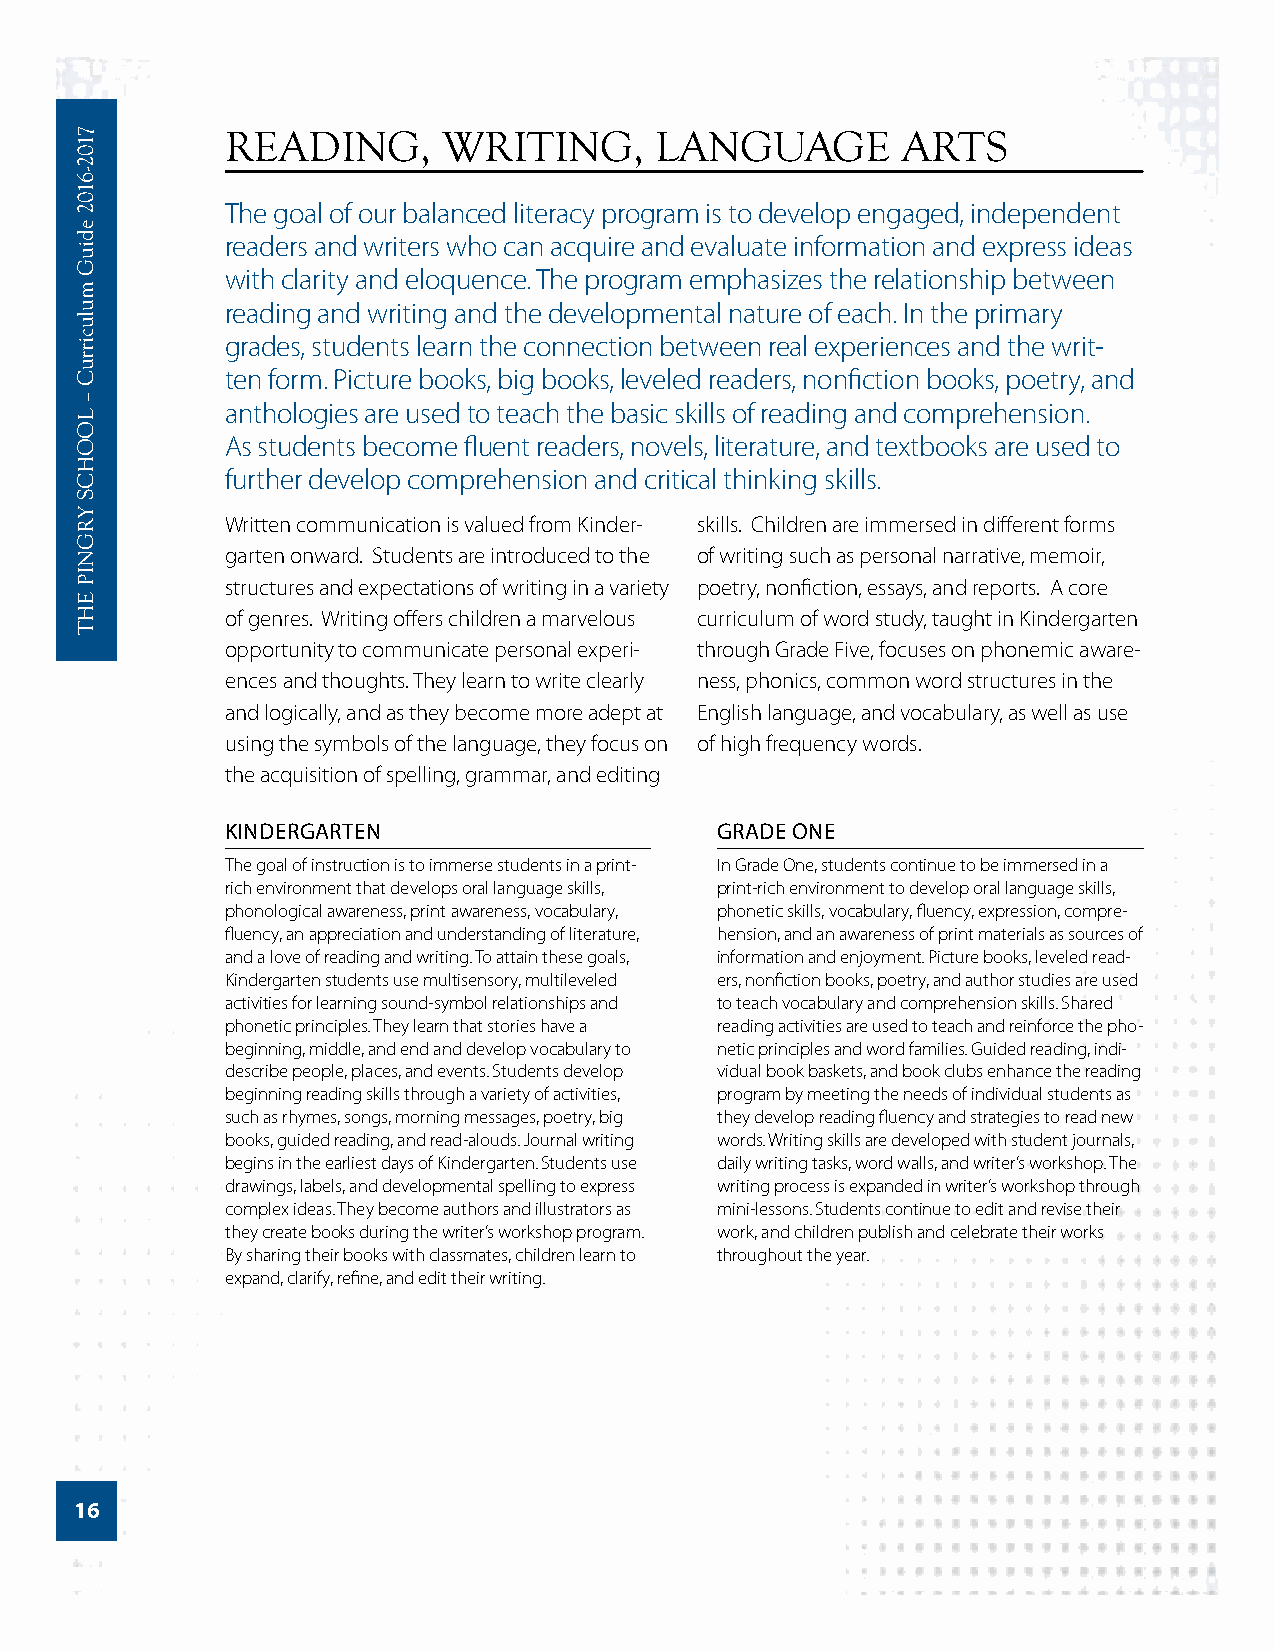
READING,      WRITING,      LANGUAGE         ARTS
 The goal of our balanced literacy program is to develop engaged, independent
 readers and writers who can acquire and evaluate information and express ideas
 with clarity and eloquence. The program emphasizes the relationship between
 reading and writing and the developmental nature of each. In the primary
 grades, students learn the connection between real experiences and the writ-
 ten form. Picture books, big books, leveled readers, nonfiction books, poetry, and
 anthologies are used to teach the basic skills of reading and comprehension.
 As students become fluent readers, novels, literature, and textbooks are used to
 further develop comprehension and critical thinking skills.
 Written communication is valued from Kinder- skills. Children are immersed in different forms
 garten onward. Students are introduced to the of writing such as personal narrative, memoir,
 structures and expectations of writing in a variety poetry, nonfiction, essays, and reports. A core
 of genres. Writing offers children a marvelous curriculum of word study, taught in Kindergarten
 opportunity to communicate personal experi- through Grade Five, focuses on phonemic aware-
 ences and thoughts. They learn to write clearly ness, phonics, common word structures in the
 and logically, and as they become more adept at English language, and vocabulary, as well as use
 using the symbols of the language, they focus on of high frequency words.
 the acquisition of spelling, grammar, and editing
 KINDERGARTEN                    GRADE ONE
 The goal of instruction is to immerse students in a print- In Grade One, students continue to be immersed in a
 rich environment that develops oral language skills, print-rich environment to develop oral language skills,
 phonological awareness, print awareness, vocabulary, phonetic skills, vocabulary, fluency, expression, compre-
 fluency, an appreciation and understanding of literature, hension, and an awareness of print materials as sources of
 and a love of reading and writing. To attain these goals, information and enjoyment. Picture books, leveled read-
 Kindergarten students use multisensory, multileveled ers, nonfiction books, poetry, and author studies are used
 activities for learning sound-symbol relationships and to teach vocabulary and comprehension skills. Shared
 phonetic principles. They learn that stories have a reading activities are used to teach and reinforce the pho-
 beginning, middle, and end and develop vocabulary to netic principles and word families. Guided reading, indi-
 describe people, places, and events. Students develop vidual book baskets, and book clubs enhance the reading
 beginning reading skills through a variety of activities, program by meeting the needs of individual students as
 such as rhymes, songs, morning messages, poetry, big they develop reading fluency and strategies to read new
 books, guided reading, and read-alouds. Journal writing words. Writing skills are developed with student journals,
 begins in the earliest days of Kindergarten. Students use daily writing tasks, word walls, and writer’s workshop. The
 drawings, labels, and developmental spelling to express writing process is expanded in writer’s workshop through
 complex ideas. They become authors and illustrators as mini-lessons. Students continue to edit and revise their
 they create books during the writer’s workshop program. work, and children publish and celebrate their works
 By sharing their books with classmates, children learn to throughout the year.
 expand, clarify, refine, and edit their writing.
 16
 7102-­6102
 ediuG
 mulucirruC
 –
 LOOHCS
 YRGNIP
 EHT